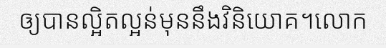
ឲ្យបានល្អិតល្អន់មុននឹងវិនិយោគ។លោក